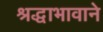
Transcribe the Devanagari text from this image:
श्रद्धाभावाने